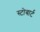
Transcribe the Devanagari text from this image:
स्टोबार्ट